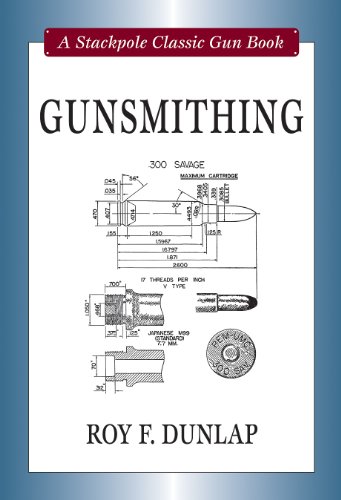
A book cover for Gunsmithing (Stackpole Classic Gun Books); Roy F. Dunlap; Crafts, Hobbies & Home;